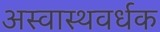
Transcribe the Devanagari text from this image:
अस्वास्थवर्धक